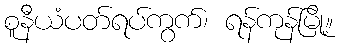
စူနီယံပတ်ရပ်ကွက်၊ ရန်ကုန်မြို့။